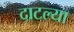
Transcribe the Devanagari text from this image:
दाटल्या